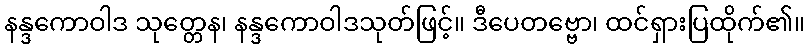
နန္ဒကောဝါဒ သုတ္တေန၊ နန္ဒကောဝါဒသုတ်ဖြင့်။ ဒီပေတဗ္ဗော၊ ထင်ရှားပြထိုက်၏။